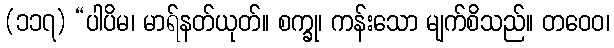
(၁၁၇) “ပါပိမ၊ မာရ်နတ်ယုတ်။ စက္ခု၊ ကန်းသော မျက်စိသည်။ တဝေဝ၊